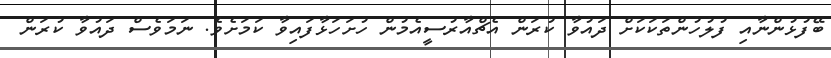
ބޭފުޅުންނާއި ފުލުހުންތަކަކަށް ދައުވާ ކުރަން އެޗްއާރުސީއެމުން ހުށަހަޅާފައިވާ ކަމަށެވެ. ނަމަވެސް ދައުވާ ކުރަން